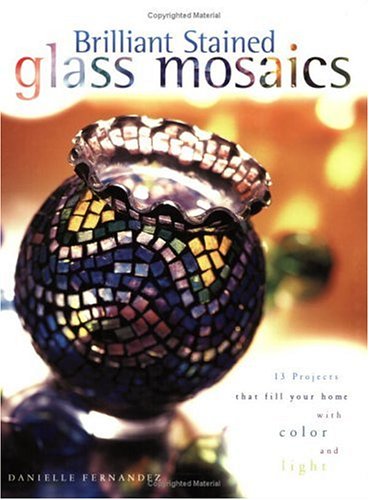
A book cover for Brilliant Stained Glass Mosaics; Danielle Fernandez; Arts & Photography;